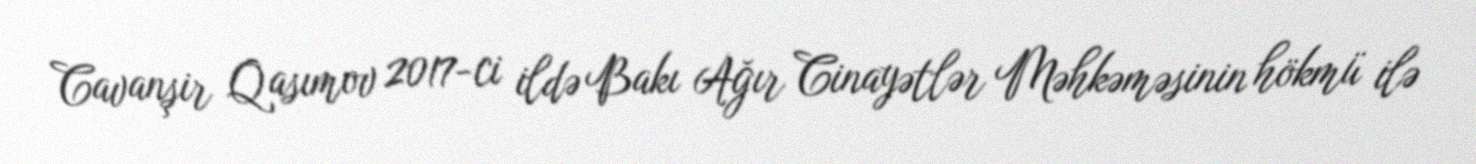
Cavanşir Qasımov 2017-ci ildə Bakı Ağır Cinayətlər Məhkəməsinin hökmü ilə